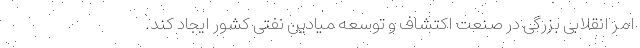
امر انقلابی بزرگی در صنعت اکتشاف و توسعه میادین نفتی کشور ایجاد کند.